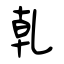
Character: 乹